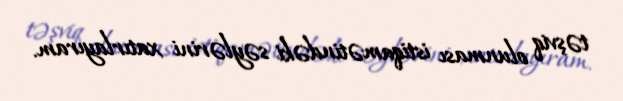
təşviq olunması istiqamətindəki səylərini xatırlayıram.